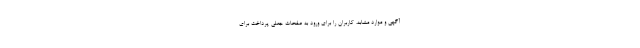
آگهی و موارد مشابه، کاربران را برای ورود به صفحات جعلی پرداخت برای